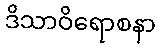
ဒိသာဝိရောစနာ